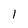
Character: 1